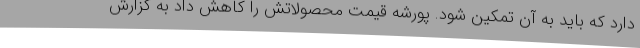
دارد که باید به آن تمکین شود. پورشه قیمت محصولاتش را کاهش داد به گزارش